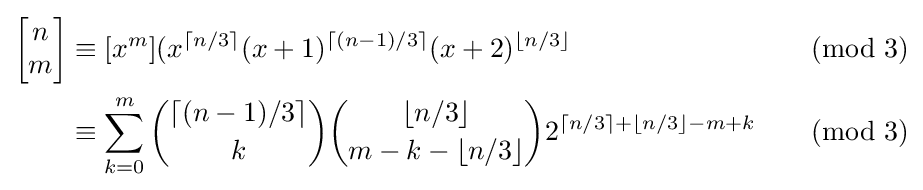
{\begin{aligned}\left[{\begin{matrix}n\\m\end{matrix}}\right]&\equiv [x^{m}](x^{\lceil n/3\rceil }(x+1)^{\lceil (n-1)/3\rceil }(x+2)^{\lfloor n/3\rfloor }&&{\pmod {3}}\\&\equiv \sum _{k=0}^{m}{\binom {\lceil (n-1)/3\rceil }{k}}{\binom {\lfloor n/3\rfloor }{m-k-\lfloor n/3\rfloor }}2^{\lceil n/3\rceil +\lfloor n/3\rfloor -m+k}&&{\pmod {3}}\end{aligned}}